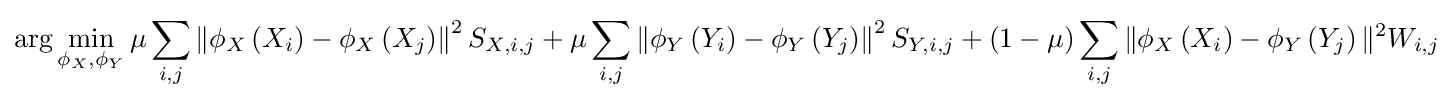
\arg \min _{\phi _{X},\phi _{Y}}\mu \sum _{i,j}\left\Vert \phi _{X}\left(X_{i}\right)-\phi _{X}\left(X_{j}\right)\right\Vert ^{2}S_{X,i,j}+\mu \sum _{i,j}\left\Vert \phi _{Y}\left(Y_{i}\right)-\phi _{Y}\left(Y_{j}\right)\right\Vert ^{2}S_{Y,i,j}+\left(1-\mu \right)\sum _{i,j}\Vert \phi _{X}\left(X_{i}\right)-\phi _{Y}\left(Y_{j}\right)\Vert ^{2}W_{i,j}